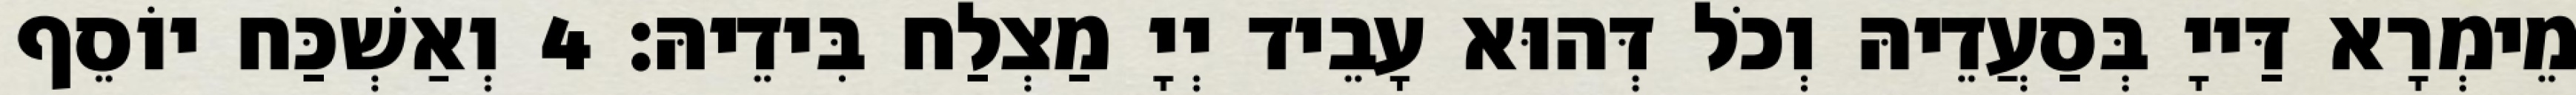
מֵימְרָא דַּייָ בְּסַעֲדֵיהּ וְכֹל דְּהוּא עָבֵיד יְיָ מַצְלַח בִּידֵיהּ׃ 4 וְאַשְׁכַּח יוֹסֵף